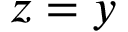
z = y